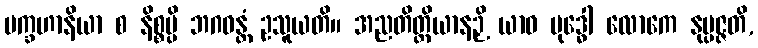
ပက္ခဟာနိယာ စ နိစ္စမ္ပိ ဘဂဝန္တံ ဥသူယတိ။ အညတိတ္ထိယာနဉှိ ယာဝ ဗုဒ္ဓေါ လောကေ နုပ္ပဇ္ဇတိ,